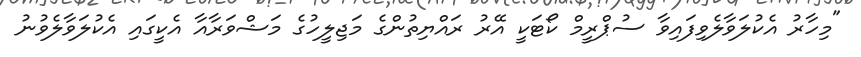
"މިހާރު އެކުލަވާލެވިފައިވާ ސުޕްރީމް ކޯޓަކީ އޭރު ރައްޔިތުންގެ މަޖިލީހުގެ މަޝްވަރާއާ އެކީގައި އެކުލަވާލެވުނު